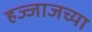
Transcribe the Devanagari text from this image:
हज्जाजच्या